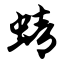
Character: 蜻